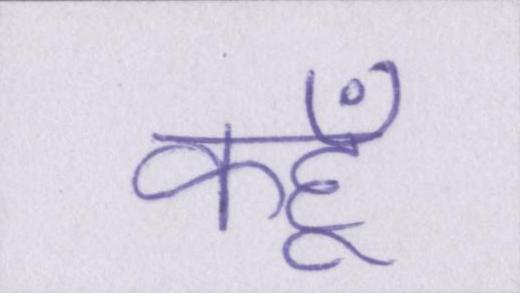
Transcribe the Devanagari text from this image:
कहूँ